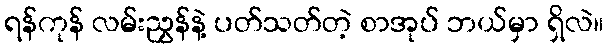
ရန်ကုန် လမ်းညွှန်နဲ့ ပတ်သတ်တဲ့ စာအုပ် ဘယ်မှာ ရှိလဲ။